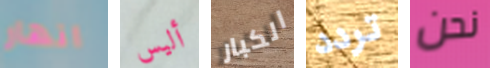
انهار أليس الكبار تردد نحن